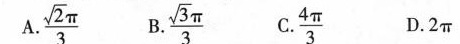
A.\frac{\sqrt{2}}{3}\pi B.\frac{\sqrt{3}}{3}\pi C.\frac{4\pi}{3} D.2\pi